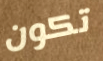
تكون